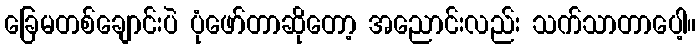
ခြေမတစ်ချောင်းပဲ ပုံဖော်တာဆိုတော့ အညောင်းလည်း သက်သာတာပေါ့။